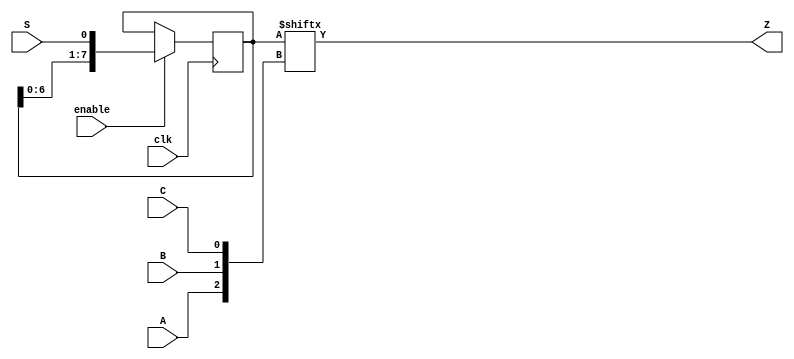
module top_module (
	input clk,
	input enable,
	input S,
	
	input A, B, C,
	output reg Z
);

	reg [7:0] q;
	
	// The final circuit is a shift register attached to a 8-to-1 mux.
	


	// Create a 8-to-1 mux that chooses one of the bits of q based on the three-bit number {A,B,C}:
	// There are many other ways you could write a 8-to-1 mux
	// (e.g., combinational always block -> case statement with 8 cases).
	assign Z = q[ {A, B, C} ];



	// Edge-triggered always block: This is a standard shift register (named q) with enable.
	// When enabled, shift to the left by 1 (discarding q[7] and and shifting in S).
	always @(posedge clk) begin
		if (enable)
			q <= {q[6:0], S};	
	end
	
	// my solution
    // reg [7:0] Q;
    // always @(posedge clk) begin
    //     if (enable)
    //         Q<={Q[6:0],S};
    // end
    
    // always @(*) begin
    //     case({A,B,C})
    //         3'b000:Z<=Q[0];
    //         3'b001:Z<=Q[1];
    //         3'b010:Z<=Q[2];
    //         3'b011:Z<=Q[3];
    //         3'b100:Z<=Q[4];
    //         3'b101:Z<=Q[5];
    //         3'b110:Z<=Q[6];
    //         3'b111:Z<=Q[7];
    //     endcase
    // end
	
endmodule